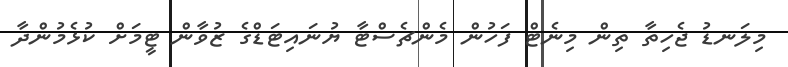
މިލަނޑު ޖެހިތާ ތިން މިނެޓް ފަހުން މެންޗެސްޓާ ޔުނައިޓަޑްގެ ޒުވާން ޓީމަށް ކުޅެމުންދާ